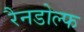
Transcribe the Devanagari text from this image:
रैनडोल्फ